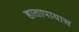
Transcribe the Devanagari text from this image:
हातापायास